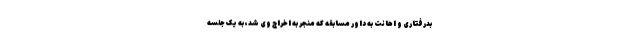
بدرفتاری و اهانت به داور مسابقه که منجر به اخراج وی شد، به یک جلسه